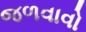
જળવાવો